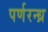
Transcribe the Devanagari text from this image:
पर्णरन्ध्र